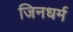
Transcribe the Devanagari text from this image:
जिनधर्म